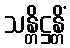
သန္တိဋ္ဌန္တိံ